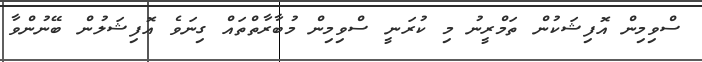
ސްވިމިން އޮފިޝަކުން ތަމްރީނު މި ކުރަނީ ސްވިމިން މުބާރާތްތައް ގިނަވެ އޮފިޝަލުން ބޭނުންވާ